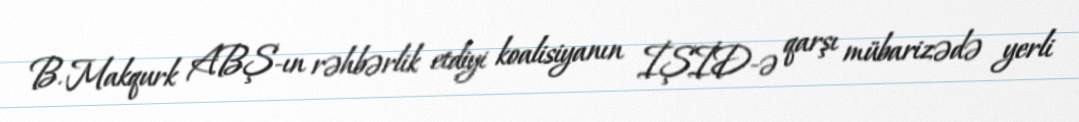
B. Makqurk ABŞ-ın rəhbərlik etdiyi koalisiyanın İŞİD-ə qarşı mübarizədə yerli